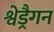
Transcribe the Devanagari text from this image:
श्वेड्रैगन